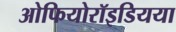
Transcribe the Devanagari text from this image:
ओफियोरॉइडियया